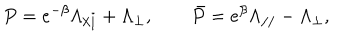
LaTeX: P = e ^ { - \beta } \Lambda _ { / / } + \Lambda _ { \bot } , \qquad \bar { P } = e ^ { \beta } \Lambda _ { / / } - \Lambda _ { \bot } ,